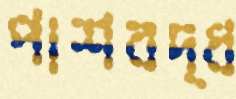
পাশবদ্ধ